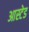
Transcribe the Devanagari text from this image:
आस्टेड